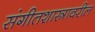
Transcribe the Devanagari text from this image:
संगीतशास्त्रावरील